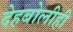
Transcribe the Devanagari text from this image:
देहबोलीही